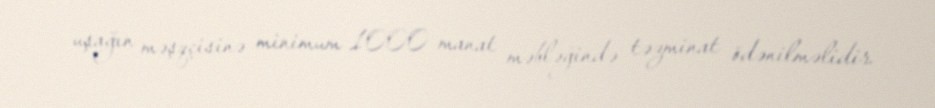
uşağın məşqçisinə minimum 1000 manat məbləğində təzminat ödənilməlidir.